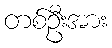
တစ်ဦးအား